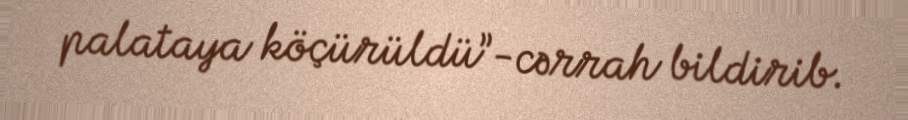
palataya köçürüldü”-cərrah bildirib.